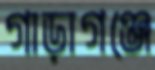
গাড়াগঞ্জে